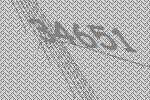
34651